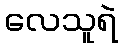
လေသူရဲ